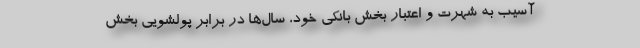
آسیب به شهرت و اعتبار بخش بانکی خود، سال‌ها در برابر پولشویی‌ بخش